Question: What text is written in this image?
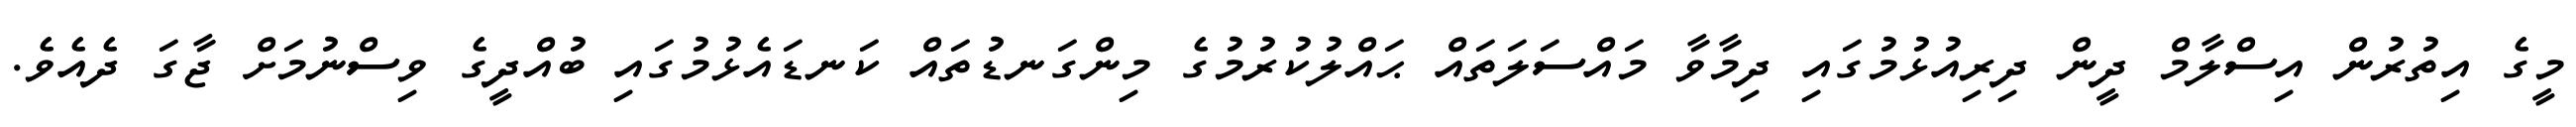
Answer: މީގެ އިތުރުން އިސްލާމް ދީން ދިރިއުޅުމުގައި ދިމާވާ މައްސަލަތައް ޙައްލުކުރުމުގެ މިންގަނޑުތައް ކަނޑައެޅުމުގައި ބުއްދީގެ ވިސްނުމަށް ޖާގަ ދެއެވެ.